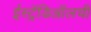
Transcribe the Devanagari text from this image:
ईस्ट्रॅडिऑलची